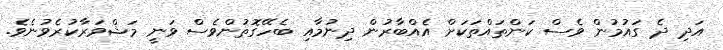
އަދި ދެ ގައުމުން ވެސް ކަންތައްތަކަށް އެއްބާރުން ދިނުމާއި ބެހޭގޮތުންވެސް ވަނީ މަޝްވަރާކުރެވުނެވެ.